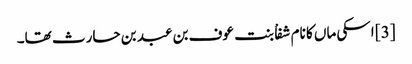
[3] اسکی ماں کا نام شفاْ بنت عوف بن عبد بن حارث تھا۔